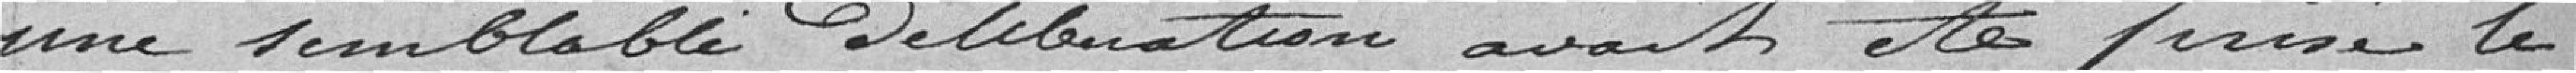
une semblable délibération avait été prise le